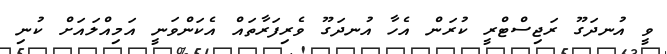
ވީ އުނދަގޫ ރަޖިސްޓްރީ ކުރަން އެހާ އުނދަގޫ ވެރިފަރާތައް އެކަންވަނީ އަމިއްލައަށް ކުނި